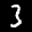
Label: 3